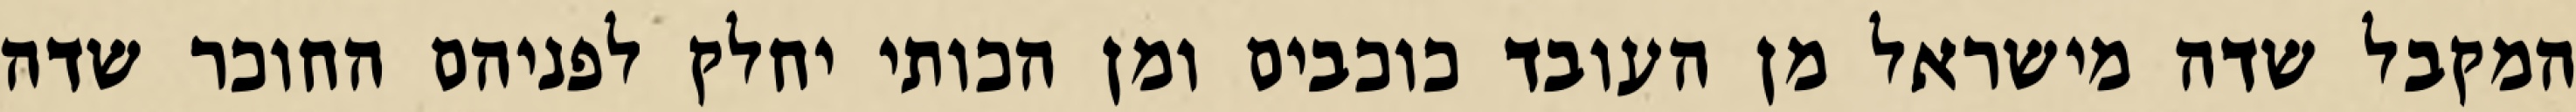
המקבל שדה מישראל מן העובד כוכבים ומן הכותי יחלק לפניהם החוכר שדה